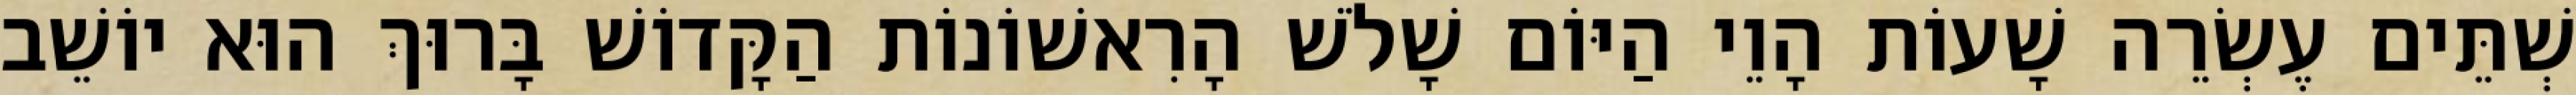
שְׁתֵּים עֶשְׂרֵה שָׁעוֹת הָוֵי הַיּוֹם שָׁלֹשׁ הָרִאשׁוֹנוֹת הַקָּדוֹשׁ בָּרוּךְ הוּא יוֹשֵׁב